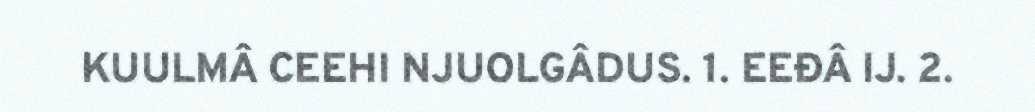
KUULMÂ CEEHI NJUOLGÂDUS. 1. EEĐÂ IJ. 2.